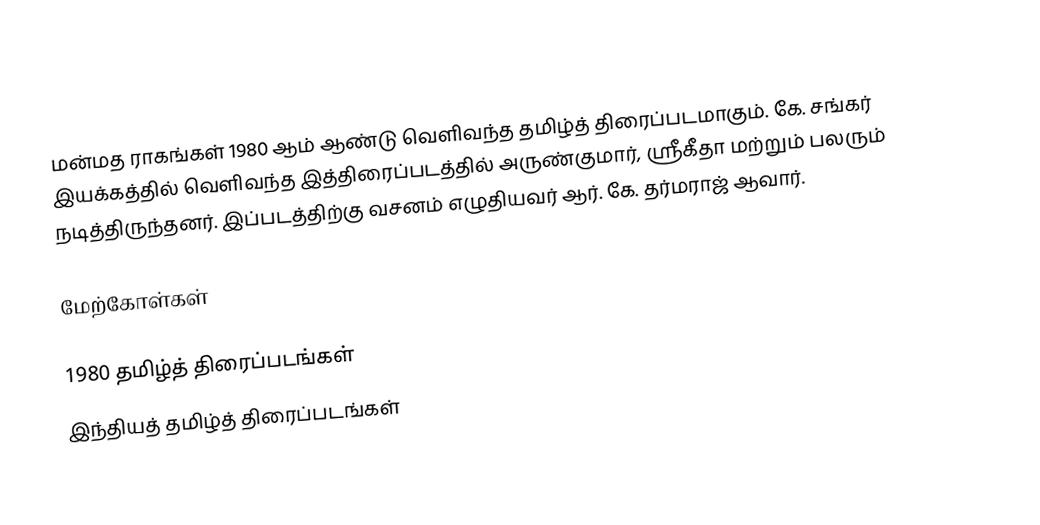
மன்மத ராகங்கள் 1980 ஆம் ஆண்டு வெளிவந்த தமிழ்த் திரைப்படமாகும். கே. சங்கர் இயக்கத்தில் வெளிவந்த இத்திரைப்படத்தில் அருண்குமார், ஸ்ரீகீதா மற்றும் பலரும் நடித்திருந்தனர். இப்படத்திற்கு வசனம் எழுதியவர் ஆர். கே. தர்மராஜ் ஆவார்.

மேற்கோள்கள்

1980 தமிழ்த் திரைப்படங்கள்
இந்தியத் தமிழ்த் திரைப்படங்கள்